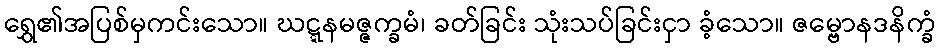
ရွှေ၏အပြစ်မှကင်းသော။ ဃဋ္ဋနမဇ္ဇက္ခမံ၊ ခတ်ခြင်း သုံးသပ်ခြင်းငှာ ခံ့သော။ ဇမ္ဗောနဒနိက္ခံ